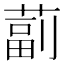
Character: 𦸕